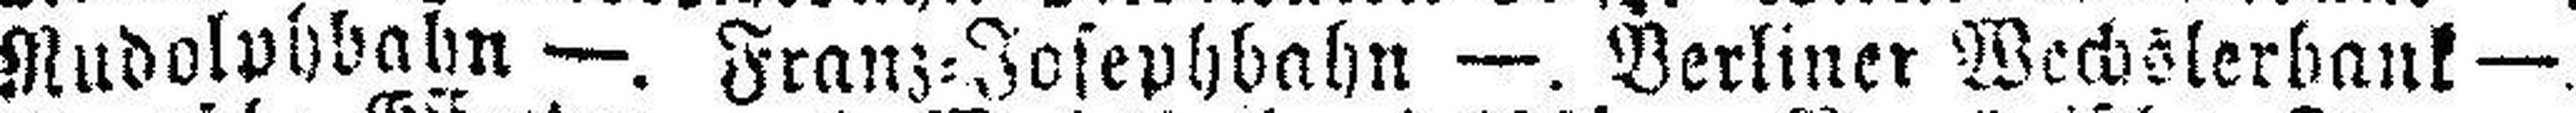
Rudolphbahn —. Franz=Josephbahn —. Berliner Wechslerbank —.